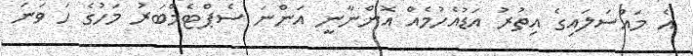
އެ މައްސަލައިގެ އިތުރު އަޑުއެހުމެއް އޮންނާނީ އަންނަ ސެޕްޓެމްބަރު މަހުގެ ހަ ވަނަ